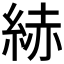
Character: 𦀗